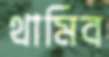
থামিব